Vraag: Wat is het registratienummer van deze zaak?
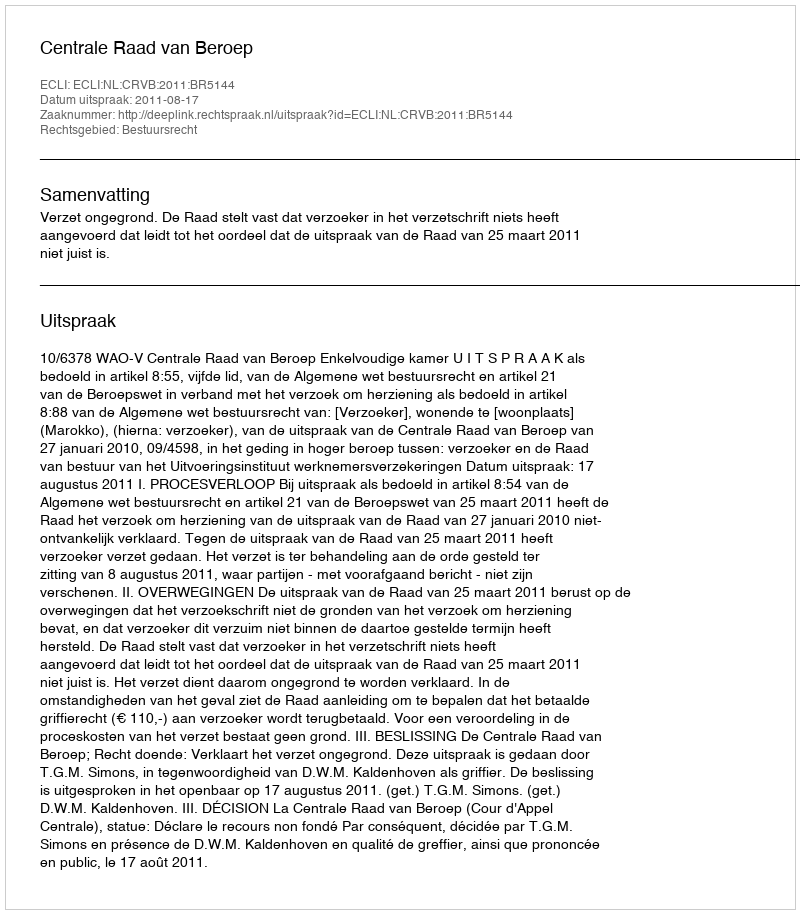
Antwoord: http://deeplink.rechtspraak.nl/uitspraak?id=ECLI:NL:CRVB:2011:BR5144